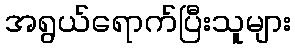
အရွယ်ရောက်ပြီးသူများ